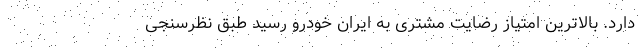
دارد. بالاترین امتیاز رضایت مشتری به ایران خودرو رسید طبق نظرسنجی‌